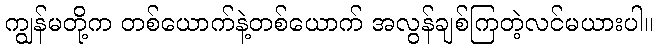
ကျွန်မတို့က တစ်ယောက်နဲ့တစ်ယောက် အလွန်ချစ်ကြတဲ့လင်မယားပါ။